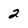
Character: 2